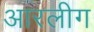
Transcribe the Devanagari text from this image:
आरलीग